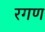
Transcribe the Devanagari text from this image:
रगण